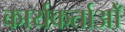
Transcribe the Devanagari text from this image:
कार्यकर्ताओँ